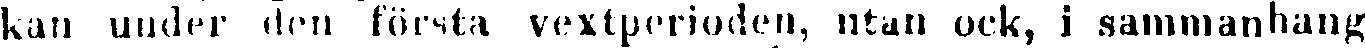
kan under den första vextperioden, utan ock, i sammanhang